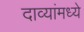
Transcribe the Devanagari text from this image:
दाव्यांमध्ये